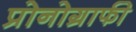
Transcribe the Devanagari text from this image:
प्रोनोग्राफी